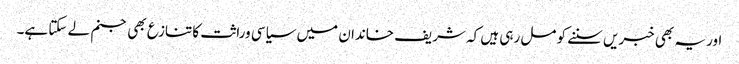
اور یہ بھی خبریں سننے کو مل رہی ہیں کہ شریف خاندان میں سیاسی وراثت کا تنازع بھی جنم لے سکتا ہے۔